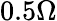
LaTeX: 0.5\Omega